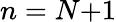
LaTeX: n=N{+}1